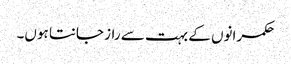
حکمرانوں کے بہت سے راز جانتا ہوں۔